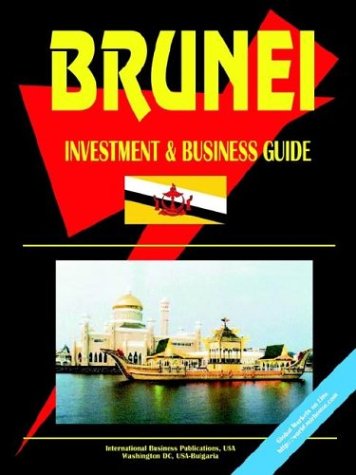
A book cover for Brunei Investment and Business Guide; Ibp Usa; Travel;